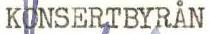
KONSERTBYRÅN